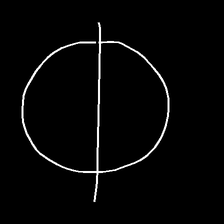
Glyph: orb